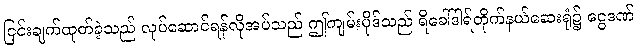
ငြင်းချက်ထုတ်ခဲ့သည် လုပ်ဆောင်ရန်လိုအပ်သည် ဤကျမ်းပိုဒ်သည် ရိခေါ်ဒါရ်တိုက်နယ်ဆေးရုံ၌ ငွေဒဏ်